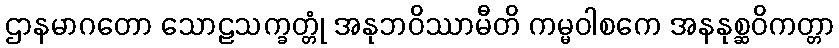
ဌာနမာဂတော သောဠသက္ခတ္တုံ အနုဘဝိဿာမီတိ ကမ္မဝါစကေ အနနုစ္ဆဝိကတ္တာ